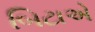
બિટાએ